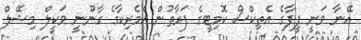
އޭނާ ވަނީ ފީފާގެ އެތިކްސް ކޮމިޓީގެ ފަރާތުން އެމެރިކާގެ ގާނޫނީ ވަކީލް މިޝޭލް